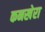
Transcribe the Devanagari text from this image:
कनखेरा